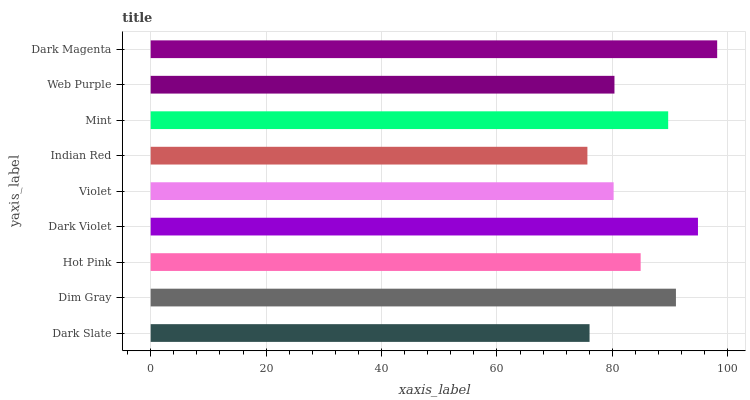
| yaxis_label | bars |
 | --- | --- |
 | Dark Slate | 76 |
 | Dim Gray | 91 |
 | Hot Pink | 84.9 |
 | Dark Violet | 94.8 |
 | Violet | 80.2 |
 | Indian Red | 75.7 |
 | Mint | 89.7 |
 | Web Purple | 80.4 |
 | Dark Magenta | 98.1 |